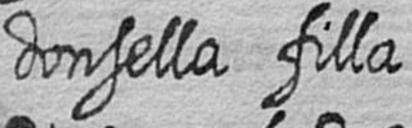
donsella filla